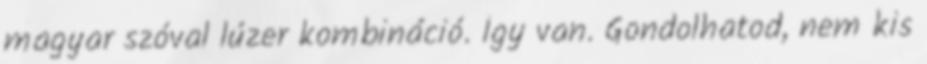
magyar szóval lúzer kombináció. Így van. Gondolhatod, nem kis